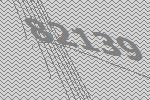
82139